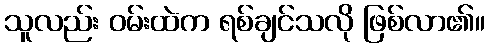
သူလည်း ဝမ်းထဲက ရစ်ချင်သလို ဖြစ်လာ၏။